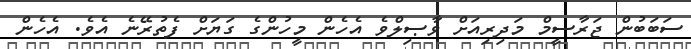
ސަބަބުން ޖަރާސީމް މަދިރިއަށް ވާޞިލްވެ އެހެން މީހުންގެ ގަޔަށް ފެތުރޭނެ އެވެ. އެހެން